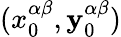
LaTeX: (x_{0}^{\alpha\beta},\mathbf{y}_{0}^{\alpha\beta})